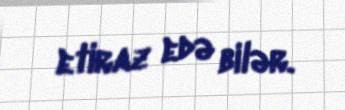
etiraz edə bilər.